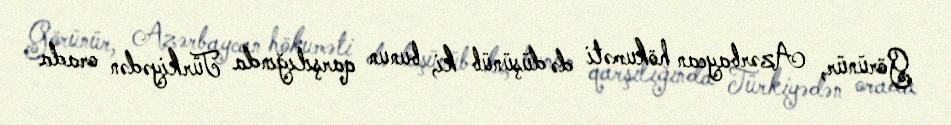
Görünür, Azərbaycan hökuməti də düşünüb ki, bunun qarşılığında Türkiyədən orada